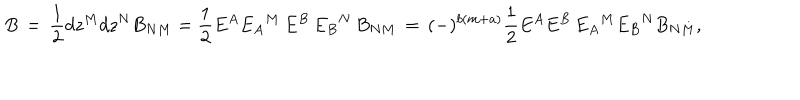
LaTeX: B \, = \, \frac { 1 } { 2 } d z ^ { M } d z ^ { N } B _ { N M } = \frac { 1 } { 2 } E ^ { A } { E _ { A } } ^ { M } \, E ^ { B } \, { E _ { B } } ^ { N } \, B _ { N M } \, = \, ( - ) ^ { b ( m + a ) } \frac { 1 } { 2 } E ^ { A } E ^ { B } \, { E _ { A } } ^ { M } { E _ { B } } ^ { N } B _ { N M } ,